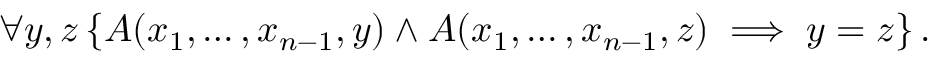
\forall y , z \left\{ A ( x _ { 1 } , \ldots , x _ { n - 1 } , y ) \wedge A ( x _ { 1 } , \ldots , x _ { n - 1 } , z ) \implies y = z \right\} .